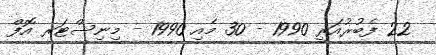
22 ފެބުރުއަރީ 1990 - 30 މެއި 1990 - މިނިސްޓަރ އޮފް